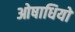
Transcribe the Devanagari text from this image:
ओषाधियों